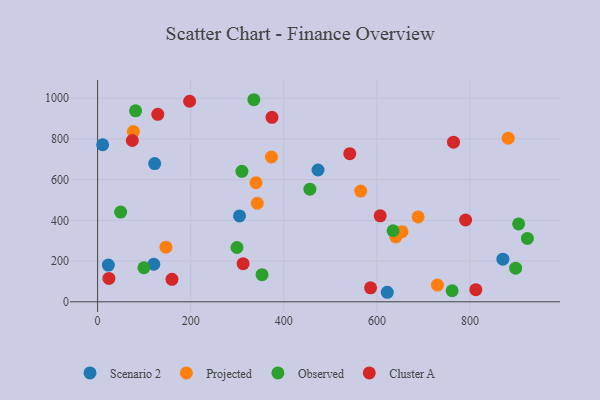
{"axis": {"x": "Distance", "y": "Yield"}, "legend": ["Cluster A", "Observed", "Projected", "Scenario 2"], "data": [{"x": "622.3", "y": 46.8, "type": "Scenario 2"}, {"x": "120.8", "y": 184.4, "type": "Scenario 2"}, {"x": "10.8", "y": 771.7, "type": "Scenario 2"}, {"x": "23.1", "y": 180.4, "type": "Scenario 2"}, {"x": "473.5", "y": 647.6, "type": "Scenario 2"}, {"x": "304.9", "y": 422.1, "type": "Scenario 2"}, {"x": "870.7", "y": 209.5, "type": "Scenario 2"}, {"x": "122.6", "y": 679.1, "type": "Scenario 2"}, {"x": "654.0", "y": 344.2, "type": "Projected"}, {"x": "688.6", "y": 417.1, "type": "Projected"}, {"x": "340.3", "y": 584.8, "type": "Projected"}, {"x": "640.7", "y": 318.5, "type": "Projected"}, {"x": "730.1", "y": 82.0, "type": "Projected"}, {"x": "146.8", "y": 268.5, "type": "Projected"}, {"x": "343.1", "y": 484.1, "type": "Projected"}, {"x": "565.3", "y": 544.1, "type": "Projected"}, {"x": "373.5", "y": 711.4, "type": "Projected"}, {"x": "76.8", "y": 836.3, "type": "Projected"}, {"x": "882.1", "y": 803.8, "type": "Projected"}, {"x": "761.7", "y": 54.3, "type": "Observed"}, {"x": "49.5", "y": 440.7, "type": "Observed"}, {"x": "81.6", "y": 938.3, "type": "Observed"}, {"x": "634.8", "y": 349.1, "type": "Observed"}, {"x": "904.5", "y": 382.7, "type": "Observed"}, {"x": "923.3", "y": 311.2, "type": "Observed"}, {"x": "299.4", "y": 266.8, "type": "Observed"}, {"x": "456.1", "y": 553.3, "type": "Observed"}, {"x": "335.7", "y": 992.8, "type": "Observed"}, {"x": "353.3", "y": 133.5, "type": "Observed"}, {"x": "310.0", "y": 641.1, "type": "Observed"}, {"x": "99.5", "y": 167.3, "type": "Observed"}, {"x": "898.1", "y": 165.2, "type": "Observed"}, {"x": "374.6", "y": 906.2, "type": "Cluster A"}, {"x": "24.3", "y": 114.8, "type": "Cluster A"}, {"x": "74.6", "y": 792.4, "type": "Cluster A"}, {"x": "586.4", "y": 68.5, "type": "Cluster A"}, {"x": "764.6", "y": 784.0, "type": "Cluster A"}, {"x": "790.5", "y": 401.8, "type": "Cluster A"}, {"x": "812.6", "y": 59.6, "type": "Cluster A"}, {"x": "607.1", "y": 422.6, "type": "Cluster A"}, {"x": "197.7", "y": 985.4, "type": "Cluster A"}, {"x": "129.3", "y": 921.0, "type": "Cluster A"}, {"x": "541.7", "y": 727.5, "type": "Cluster A"}, {"x": "312.6", "y": 187.4, "type": "Cluster A"}, {"x": "159.8", "y": 110.2, "type": "Cluster A"}]}